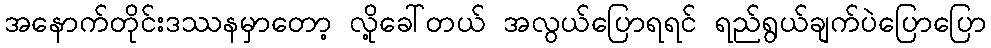
အနောက်တိုင်းဒဿနမှာတော့ လို့ခေါ်တယ် အလွယ်ပြောရရင် ရည်ရွယ်ချက်ပဲပြောပြော